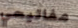
مفاتيحي